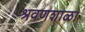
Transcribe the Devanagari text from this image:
श्रवणशाळा